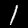
Digit: 1